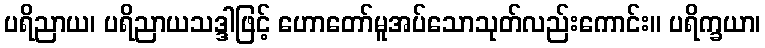
ပရိညာယ၊ ပရိညာယသဒ္ဒါဖြင့် ဟောတော်မူအပ်သောသုတ်လည်းကောင်း။ ပရိက္ခယာ၊